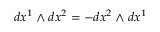
d x ^ { 1 } \wedge d x ^ { 2 } = - d x ^ { 2 } \wedge d x ^ { 1 }